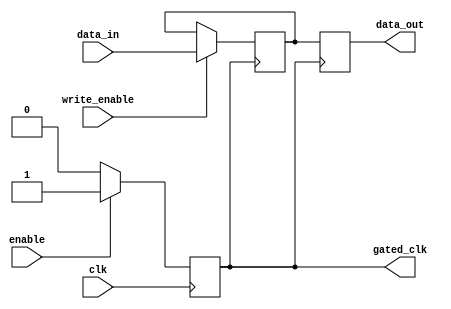
module conditional_clock_gating (
    input wire clk,            // Primary clock signal
    input wire enable,         // Enable signal for clock gating
    output wire gated_clk,     // Gated clock output
    input wire [7:0] data_in,  // Data input for memory block
    input wire write_enable,    // Write enable signal
    output reg [7:0] data_out   // Data output from memory block
);

    // Gating Logic
    reg gated_clk_reg;
    
    always @(posedge clk) begin
        if (enable) begin
            gated_clk_reg <= 1'b1; // Pass through clock when enabled
        end else begin
            gated_clk_reg <= 1'b0; // Disable clock when not enabled
        end
    end
    
    assign gated_clk = gated_clk_reg;

    // Memory Block (Simple Register for demonstration)
    reg [7:0] memory; // 8-bit memory register
    
    always @(posedge gated_clk) begin
        if (write_enable) begin
            memory <= data_in; // Write data to memory
        end
    end

    always @(posedge gated_clk) begin
        data_out <= memory; // Read data from memory
    end

endmodule